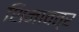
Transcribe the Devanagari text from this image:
शिनावत्र